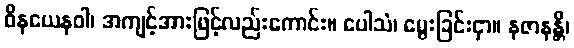
ဝိနယေနဝါ၊ အကျင့်အားဖြင့်လည်းကောင်း။ ပေါသံ၊ မွေးခြင်းငှာ။ နဇာနန္တိ၊